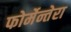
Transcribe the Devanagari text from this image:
फोर्मेन्तेरा